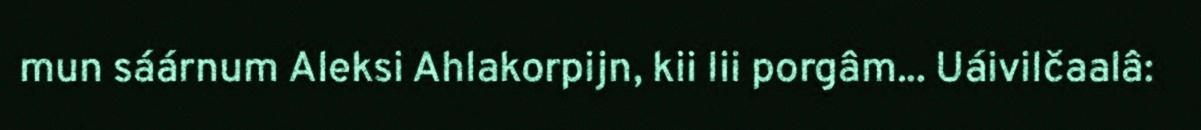
mun sáárnum Aleksi Ahlakorpijn, kii lii porgâm... Uáivilčaalâ: